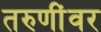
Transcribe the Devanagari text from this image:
तरुणींवर